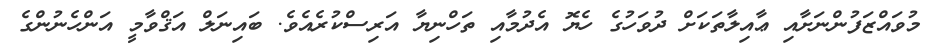
މުވައްޒަފުންނަށާއި ޢާއިލާތަކަށް ދުވަހުގެ ހެޔޮ އެދުމާއި ތަހްނިޔާ އަރިސްކުރެއެވެ. ބައިނަލް އަޤްވާމީ އަންހެނުންގެ